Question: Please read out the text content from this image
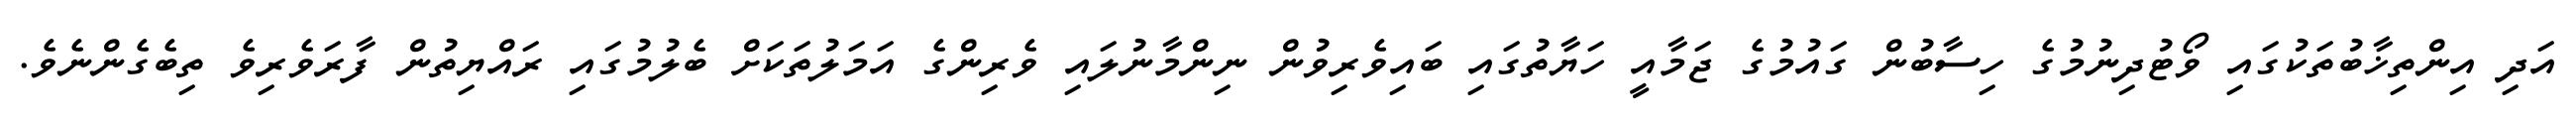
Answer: އަދި އިންތިޚާބުތަކުގައި ވޯޓުދިނުމުގެ ހިސާބުން ގައުމުގެ ޖަމާއީ ހަޔާތުގައި ބައިވެރިވުން ނިންމާނުލައި ވެރިންގެ އަމަލުތަކަށް ބެލުމުގައި ރައްޔިތުން ފާރަވެރިވެ ތިބެގެންނެވެ.